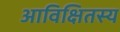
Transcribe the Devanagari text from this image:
आविक्षितस्य